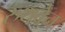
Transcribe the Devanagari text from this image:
रुथवेन